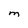
Character: M